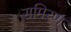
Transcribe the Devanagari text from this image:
समिरण